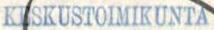
KESKUSTOIMIKUNTA